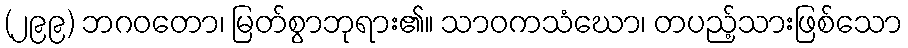
(၂၉၉) ဘဂဝတော၊ မြတ်စွာဘုရား၏။ သာဝကသံဃော၊ တပည့်သားဖြစ်သော